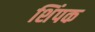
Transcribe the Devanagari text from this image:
शिंपक